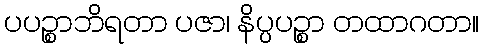
ပပဉ္စာဘိရတာ ပဇာ၊ နိပ္ပပဉ္စာ တထာဂတာ။